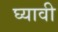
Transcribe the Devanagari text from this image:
घ्‍यावी